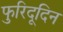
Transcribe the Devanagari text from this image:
फुरिदूदिन